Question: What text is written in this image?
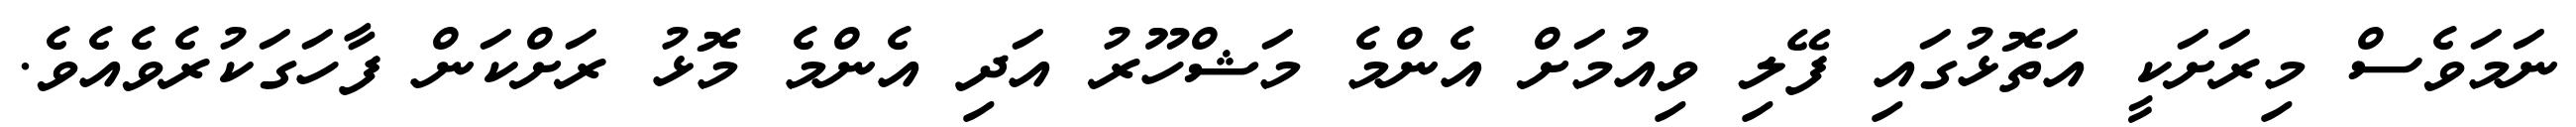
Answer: ނަމަވެސް މިރަށަކީ އަތޮޅުގައި ފޭލި ވިއުމަށް އެންމެ މަޝްހޫރު އަދި އެންމެ މޮޅު ރަށްކަން ފާހަގަކުރެވެއެވެ.